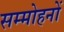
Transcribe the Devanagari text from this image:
सम्मोहनों